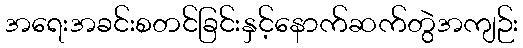
အရေးအခင်းစတင်ခြင်းနှင့်နောက်ဆက်တွဲအကျဉ်း